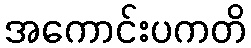
အကောင်းပကတိ